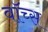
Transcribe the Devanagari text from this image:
वॉच्स